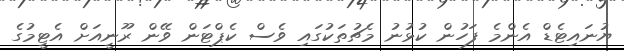
ޔުނައިޓެޑް އެންމެ ފަހުން ކުޅުނު މެޗުތަކުގައި ވެސް ކެޕްޓަން ވޭން ރޫނީއަށް އެޓީމުގެ